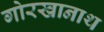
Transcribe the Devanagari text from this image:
गोरखानाथ